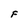
Character: F